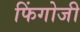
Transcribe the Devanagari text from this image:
फिंगोजी